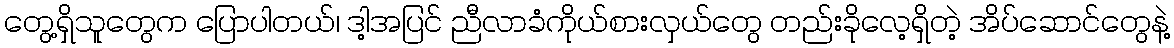
တွေ့ရှိသူတွေက ပြောပါတယ်၊ ဒါ့အပြင် ညီလာခံကိုယ်စားလှယ်တွေ တည်းခိုလေ့ရှိတဲ့ အိပ်ဆောင်တွေနဲ့